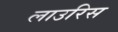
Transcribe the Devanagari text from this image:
लाउरिस